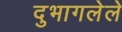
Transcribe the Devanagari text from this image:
दुभागलेले